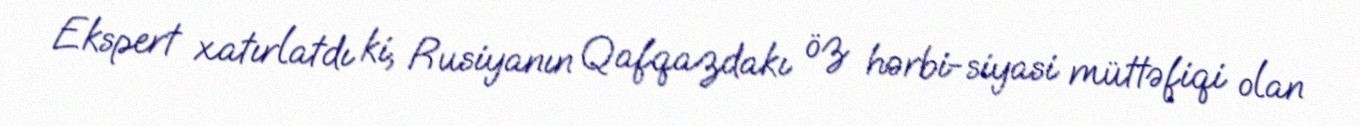
Ekspert xatırlatdı ki, Rusiyanın Qafqazdakı öz hərbi-siyasi müttəfiqi olan